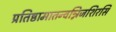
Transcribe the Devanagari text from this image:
प्रतिष्ठामातन्वन्निजशिरसि